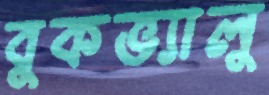
বুকভ্যালু